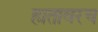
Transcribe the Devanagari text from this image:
हातावरच